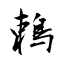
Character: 鵣